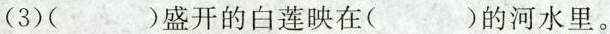
（3）（）盛开的白莲映在(）的河水里。